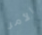
الأمر